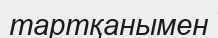
тартқанымен